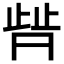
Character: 𬆀